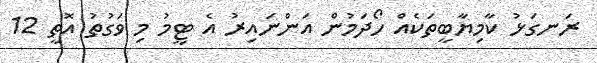
ރަނގަޅު ކާމިޔާބީތަކެއް ހޯދަމުން އަންނައިރު އެ ޓީމު މި ވަގުތު އޮތީ 12